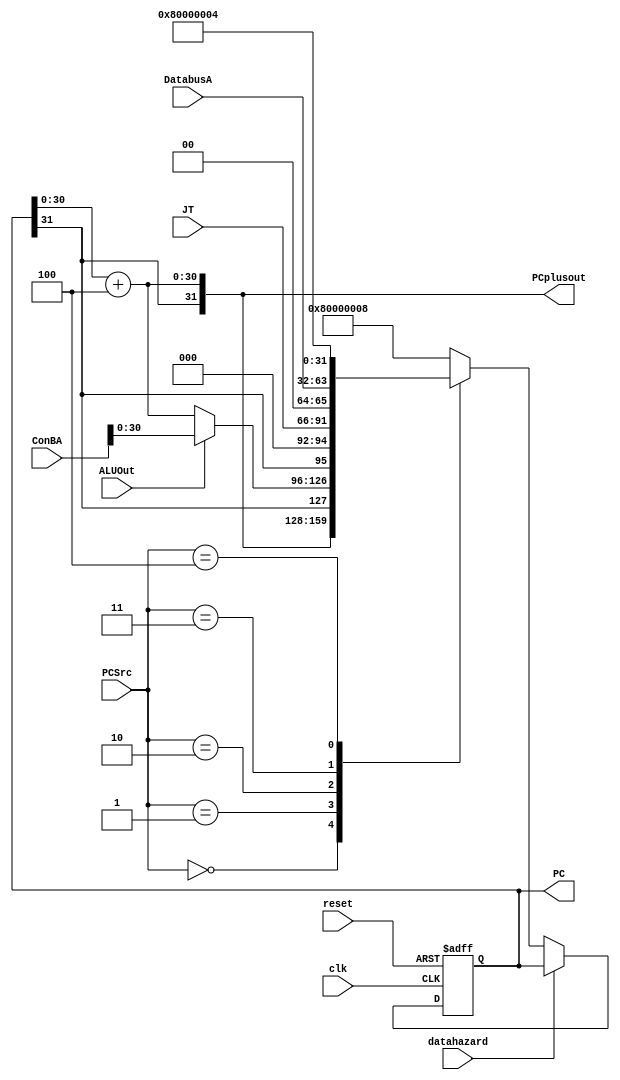
`timescale 1ns/1ps

module programcounter(clk,reset,datahazard,PCSrc,ALUOut,ConBA,JT,DatabusA,PC,PCplusout);

input clk;
input reset;
input datahazard;
input [2:0] PCSrc;
input ALUOut;
input [31:0] ConBA;
input [25:0] JT;
input [31:0] DatabusA;
output [31:0] PC;
output [31:0] PCplusout;

reg [31:0] currentPC;

always @(posedge clk or negedge reset)
begin
  if(~reset) currentPC <= 32'h80000000;
  else
  begin
    if(~datahazard)
    begin
      case(PCSrc[2:0])
        3'b000: currentPC <= PCplusout;
        3'b001: currentPC <= (ALUOut == 1'b0) ? PCplusout : {currentPC[31],ConBA[30:0]};
        3'b010: currentPC <= {currentPC[31],3'b000,JT,2'b00};
        3'b011: currentPC <= DatabusA;
        3'b100: currentPC <= 32'h80000004;
        default: currentPC <= 32'h80000008;
      endcase
    end
    else;
  end
end

assign PC = currentPC;
assign PCplusout = {PC[31],PC[30:0] + 31'h00000004};
 
endmodule